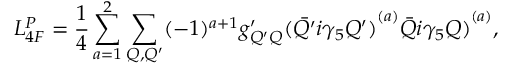
{ \cal L } _ { 4 F } ^ { P } = \frac { 1 } { 4 } \sum _ { a = 1 } ^ { 2 } \sum _ { Q , Q ^ { \prime } } ( - 1 ) ^ { a + 1 } g _ { Q ^ { \prime } Q } ^ { \prime } { ( \bar { Q ^ { \prime } } i \gamma _ { 5 } Q ^ { \prime } ) } ^ { ( a ) } { \bar { Q } i \gamma _ { 5 } Q ) } ^ { ( a ) } ,